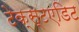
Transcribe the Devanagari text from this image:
टेक्स्टएडिट